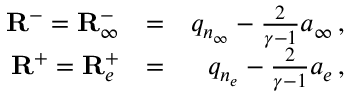
\begin{array} { r l r } { \mathbf { R } ^ { - } = { \mathbf { R } } _ { \infty } ^ { - } } & { = } & { q _ { n _ { \infty } } - \frac { 2 } { \gamma - 1 } a _ { \infty } \, \mathrm { , } } \\ { \mathbf { R } ^ { + } = { \mathbf { R } } _ { e } ^ { + } } & { = } & { q _ { n _ { e } } - \frac { 2 } { \gamma - 1 } a _ { e } \, \mathrm { , } } \end{array}